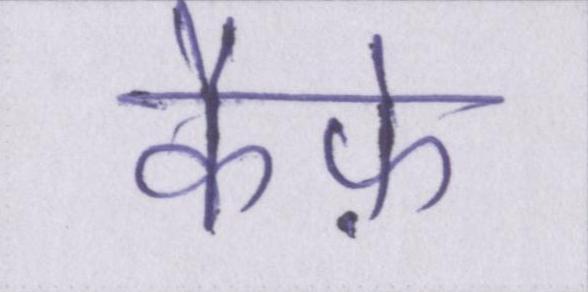
कैफ़े